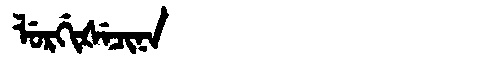
Manchu: ᠯᡠᡵᡤᡳᡧᡝᠴᡳᠨᠠ
Romanization: LURGIŠECINA